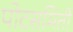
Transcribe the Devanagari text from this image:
पोटसमिती